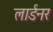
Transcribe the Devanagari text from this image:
लार्डनर